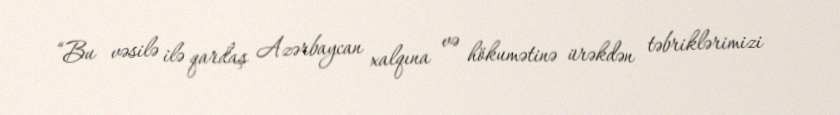
“Bu vəsilə ilə qardaş Azərbaycan xalqına və hökumətinə ürəkdən təbriklərimizi